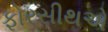
ફોરસીથએ